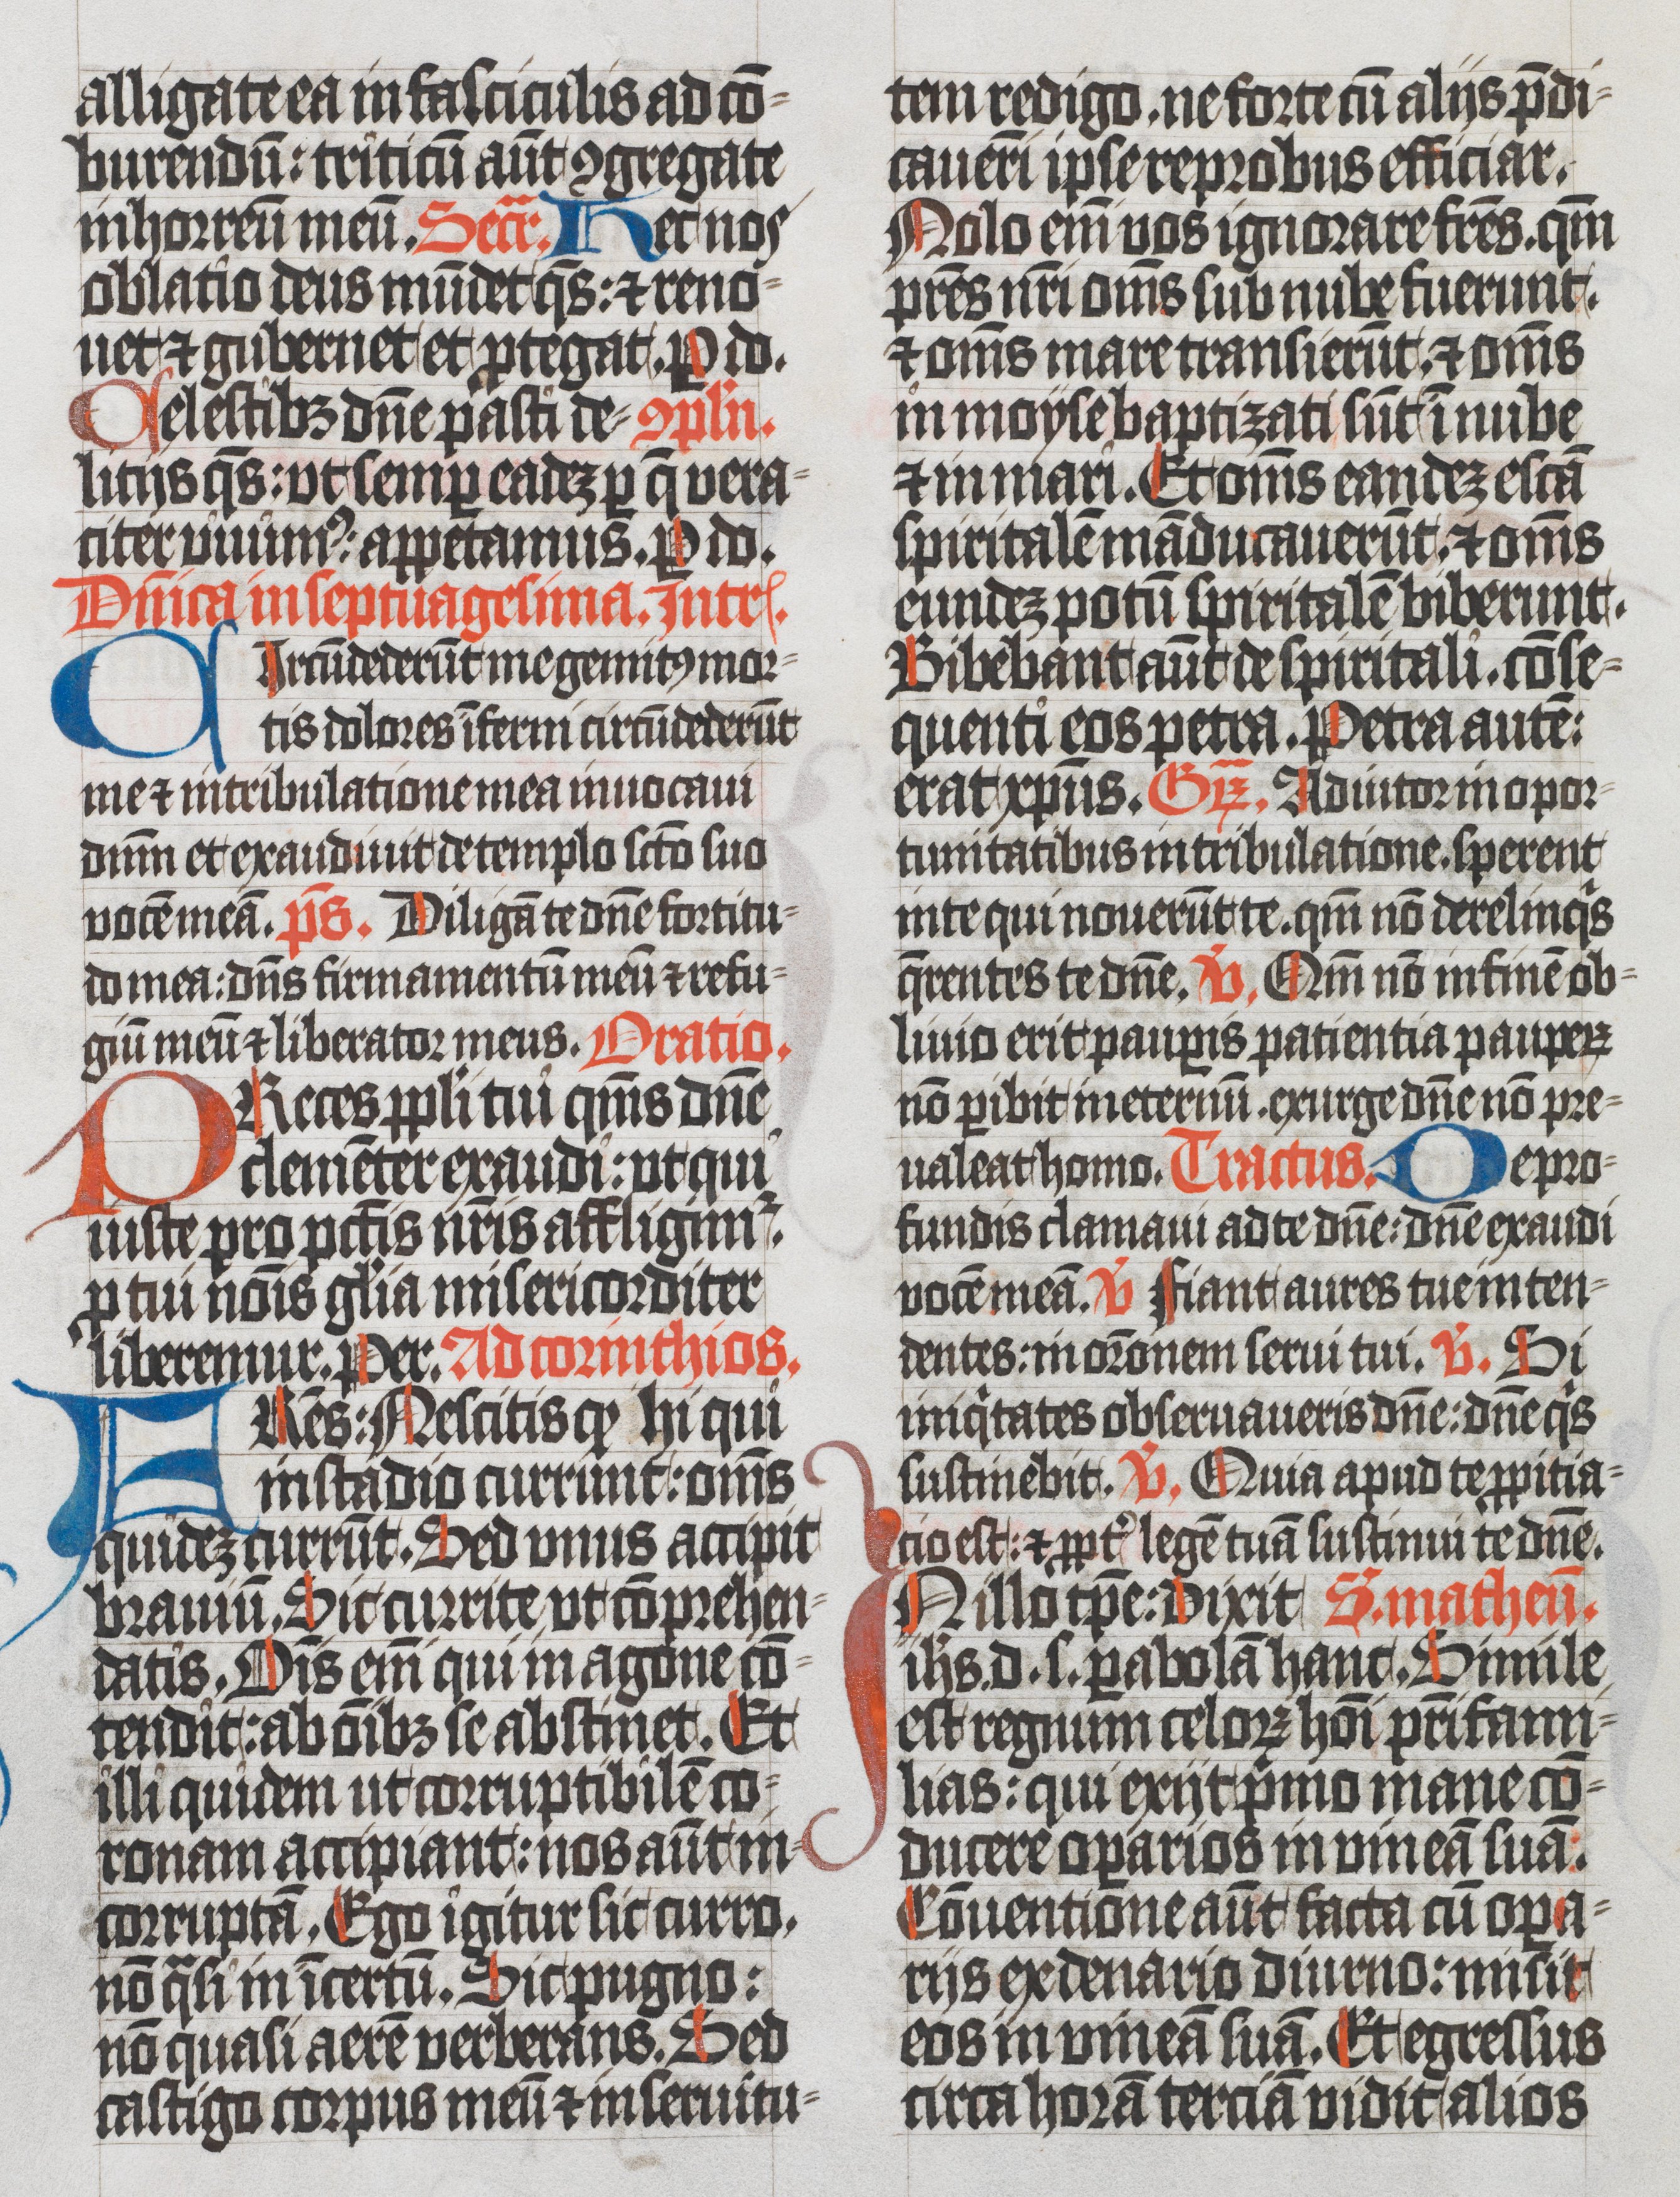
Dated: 1400–1499